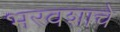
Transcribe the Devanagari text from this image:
भरवशाचे